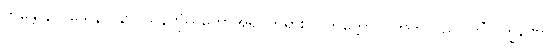
ဘန္တေ နာဂသေနာ၊ နာဂသိန်ကိုယ်တော်အရှင်ဘုရား။ ဝိတက္ကော၊ ဝိတက်သည်။ ကိံလက္ခဏော၊